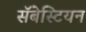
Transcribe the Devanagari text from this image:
सॅबेस्टियन